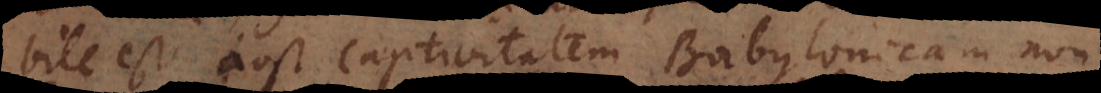
bile est post Captivitatem Babylonicam non